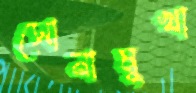
সোনামুখা